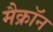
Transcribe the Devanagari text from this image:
मैक्रॉन